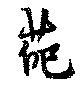
葩